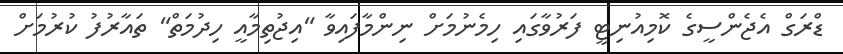
ޑްރަގް އެޖެންސީގެ ކޮމިއުނިޓީ ފަރުވާގައި ހިމެނުމަށް ނިންމާފައިވާ "އިޖުތިމާއީ ހިދުމަތް" ތައާރުފު ކުރުމަށް